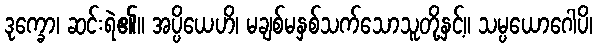
ဒုက္ခော၊ ဆင်းရဲ၏။ အပ္ပိယေဟိ၊ မချစ်မနှစ်သက်သောသူတို့နှင့်။ သမ္ပယောဂေါပိ၊